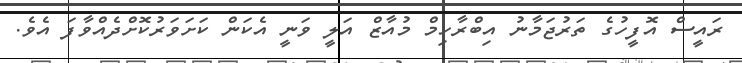
ރައީސް އޮފީހުގެ ތަރުޖަމާނު އިބްރާހިމް މުއާޒް އަލީ ވަނީ އެކަން ކަށަވަރުކޮށްދެއްވާފަ އެވެ.